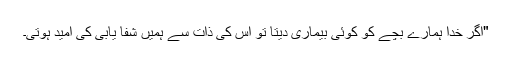
"اگر خدا ہمارے بچے کو کوئی بیماری دیتا تو اُس کی ذات سے ہمیں شفا یابی کی اُمید ہوتی۔